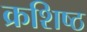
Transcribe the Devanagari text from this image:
क्रशिष्ठ